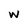
Character: w